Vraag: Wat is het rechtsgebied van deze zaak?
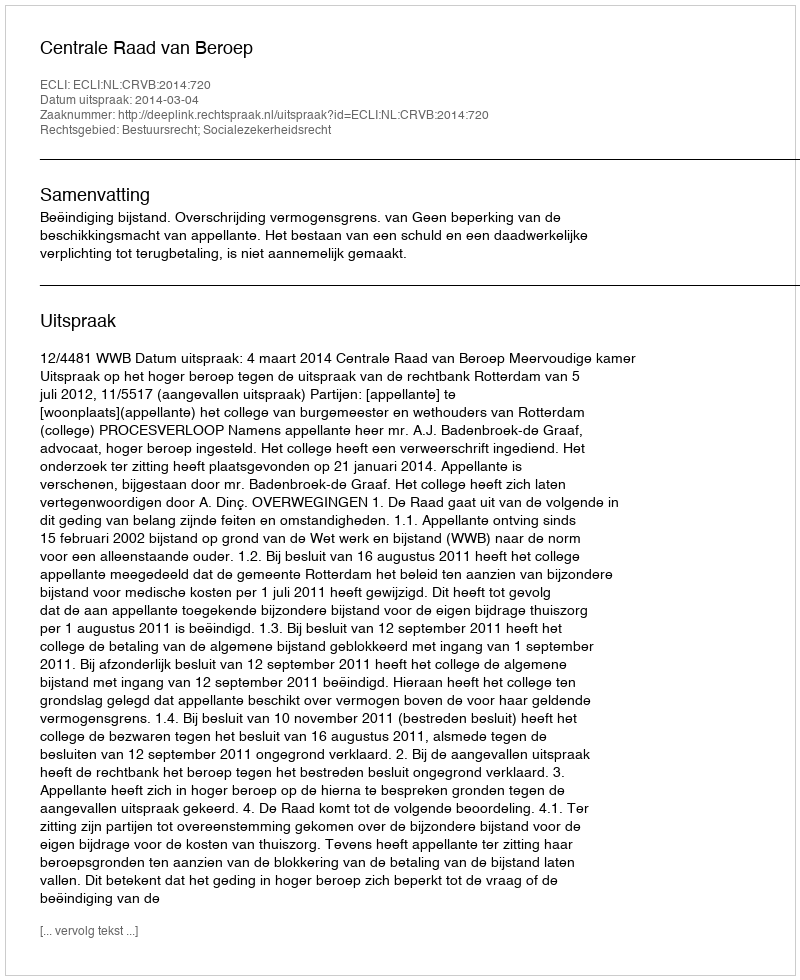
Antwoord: Bestuursrecht; Socialezekerheidsrecht